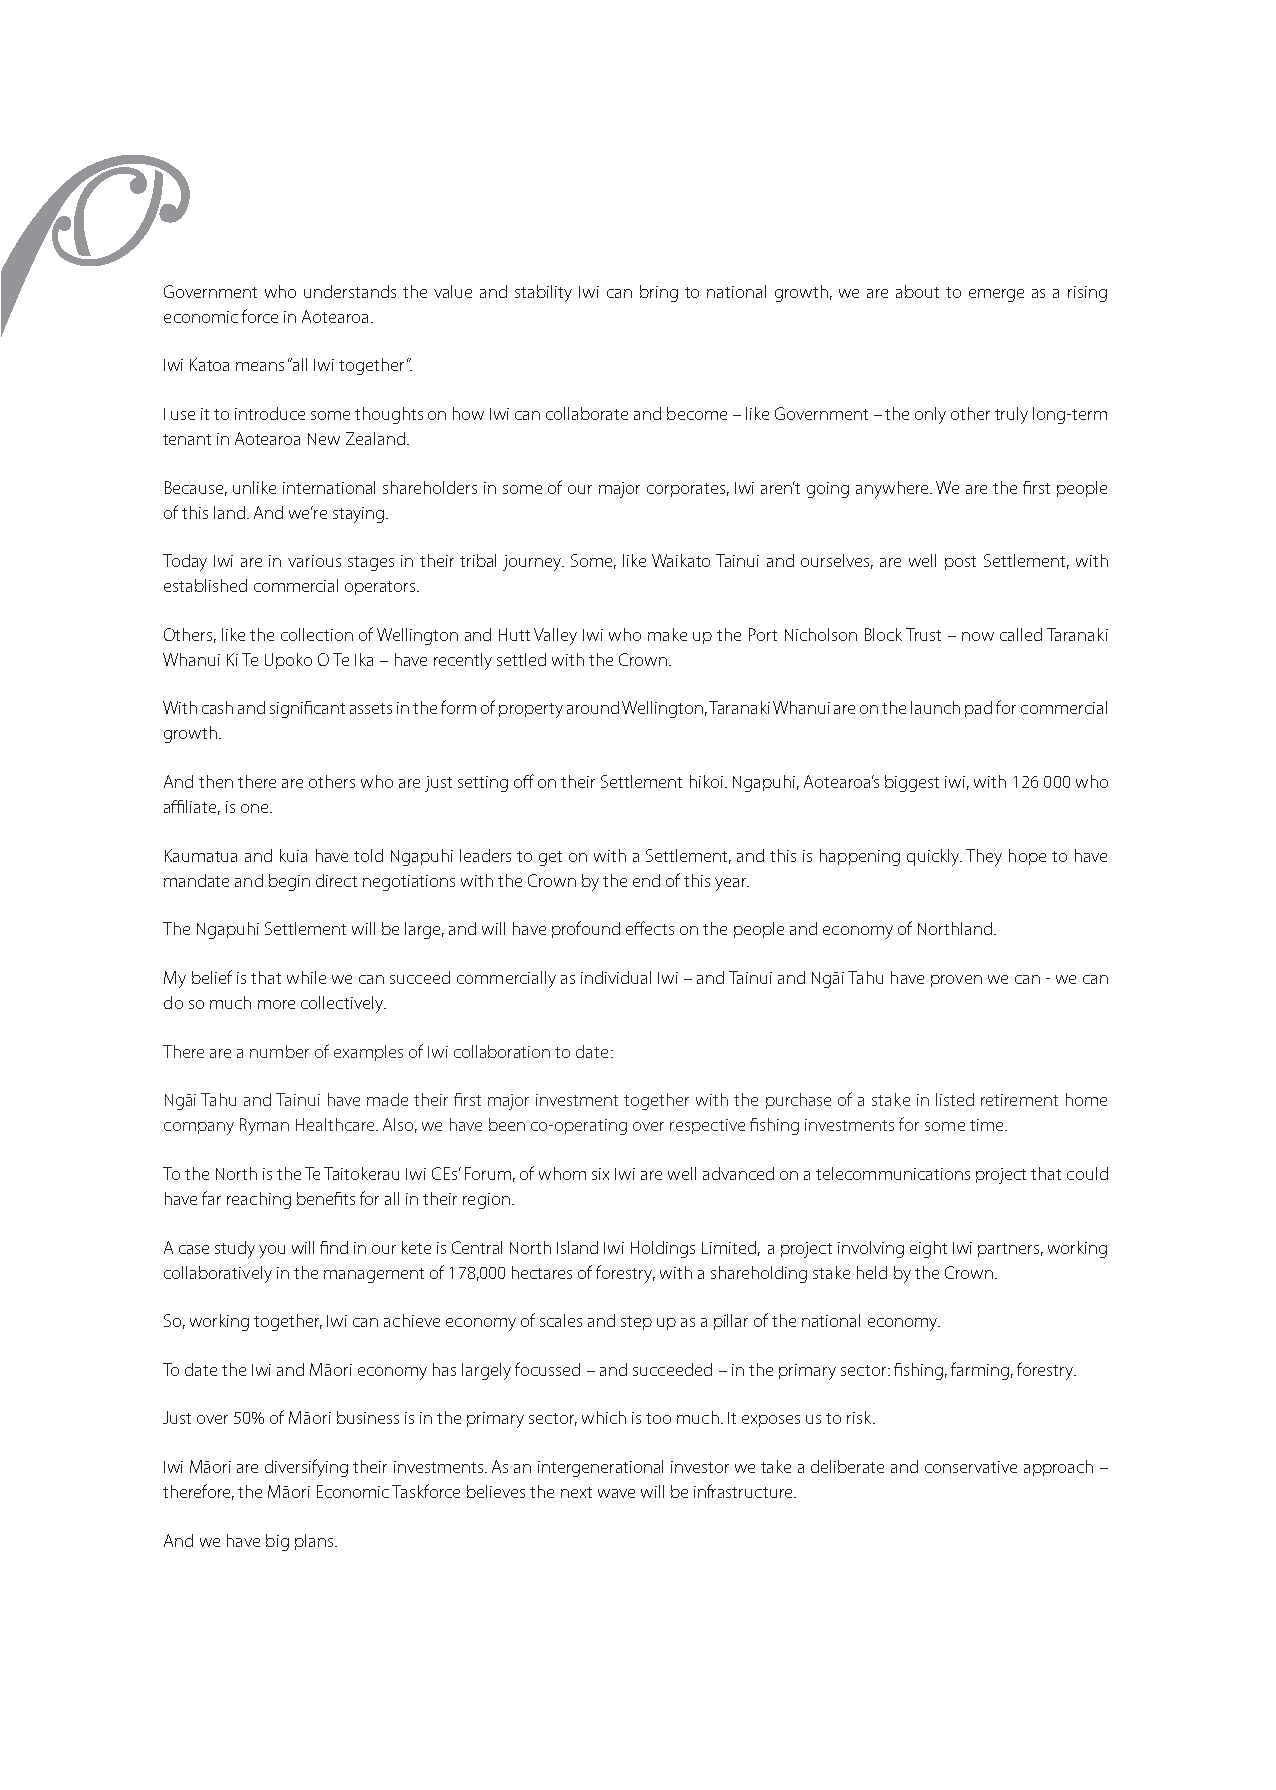
Government who understands the value and stability Iwi can bring to national growth, we are about to emerge as a rising
 economic force in Aotearoa.
 Iwi Katoa means “all Iwi together”.
 I use it to introduce some thoughts on how Iwi can collaborate and become – like Government – the only other truly long-term
 tenant in Aotearoa New Zealand.
 Because, unlike international shareholders in some of our major corporates, Iwi aren’t going anywhere. We are the first people
 of this land. And we’re staying.
 Today Iwi are in various stages in their tribal journey. Some, like Waikato Tainui and ourselves, are well post Settlement, with
 established commercial operators.
 Others, like the collection of Wellington and Hutt Valley Iwi who make up the Port Nicholson Block Trust – now called Taranaki
 Whanui Ki Te Upoko O Te Ika – have recently settled with the Crown.
 With cash and significant assets in the form of property around Wellington, Taranaki Whanui are on the launch pad for commercial
 growth.
 And then there are others who are just setting off on their Settlement hikoi. Ngapuhi, Aotearoa’s biggest iwi, with 126 000 who
 affiliate, is one.
 Kaumatua and kuia have told Ngapuhi leaders to get on with a Settlement, and this is happening quickly. They hope to have
 mandate and begin direct negotiations with the Crown by the end of this year.
 The Ngapuhi Settlement will be large, and will have profound effects on the people and economy of Northland.
 My belief is that while we can succeed commercially as individual Iwi – and Tainui and Ngāi Tahu have proven we can - we can
 do so much more collectively.
 There are a number of examples of Iwi collaboration to date:
 Ngāi Tahu and Tainui have made their first major investment together with the purchase of a stake in listed retirement home
 company Ryman Healthcare. Also, we have been co-operating over respective fishing investments for some time.
 To the North is the Te Taitokerau Iwi CEs’ Forum, of whom six Iwi are well advanced on a telecommunications project that could
 have far reaching benefits for all in their region.
 A case study you will find in our kete is Central North Island Iwi Holdings Limited, a project involving eight Iwi partners, working
 collaboratively in the management of 178,000 hectares of forestry, with a shareholding stake held by the Crown.
 So, working together, Iwi can achieve economy of scales and step up as a pillar of the national economy.
 To date the Iwi and Māori economy has largely focussed – and succeeded – in the primary sector: fishing, farming, forestry.
 Just over 50% of Māori business is in the primary sector, which is too much. It exposes us to risk.
 Iwi Māori are diversifying their investments. As an intergenerational investor we take a deliberate and conservative approach –
 therefore, the Māori Economic Taskforce believes the next wave will be infrastructure.
 And we have big plans.